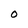
Character: O